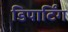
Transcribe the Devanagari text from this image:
डिपार्टिंग